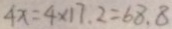
4 x = 4 \times 1 7 . 2 = 6 8 . 8